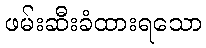
ဖမ်းဆီးခံထားရသော